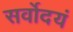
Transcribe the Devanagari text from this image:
सर्वोदयं